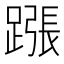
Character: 𨄰